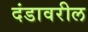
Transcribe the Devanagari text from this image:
दंडावरील